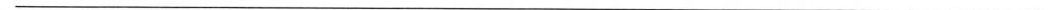
___